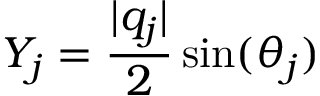
Y _ { j } = \frac { \lvert q _ { j } \rvert } { 2 } \sin ( \theta _ { j } )